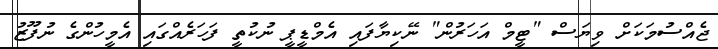
ޖެއްސުމަކަށް ވިޔަސް "ޓީމް އަހަރުން" ނޭކިޔާފައި އެމްޑީޕީ ނުކުތީ ފަހަރެއްގައި އެމީހުންގެ ނުފޫޒު